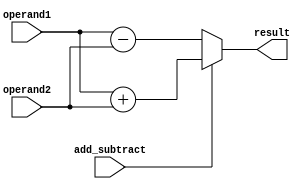
module floating_point_add_sub (
    input [63:0] operand1,
    input [63:0] operand2,
    input add_subtract,
    output [63:0] result
);

always @*
begin
    if (add_subtract)
        result = operand1 + operand2;
    else
        result = operand1 - operand2;
end

endmodule